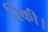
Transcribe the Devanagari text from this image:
रिकी।